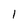
Character: 1